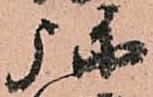
弥